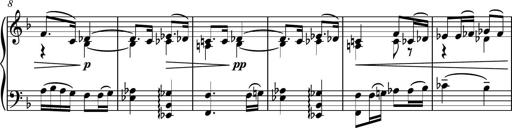
Title: Piano Sonatina No.5
Composer: Dimitri Sykias
Key: C minor